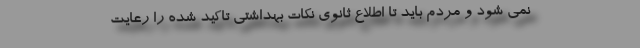
نمی شود و مردم باید تا اطلاع ثانوی نکات بهداشتی تاکید شده را رعایت